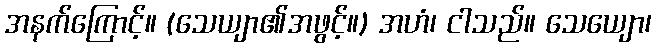
အနက်ကြောင့်။ (သေယျာ၏အဖွင့်။) အဟံ၊ ငါသည်။ သေယျော၊